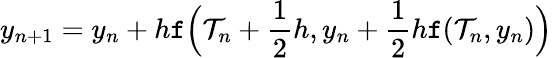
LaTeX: y_{n+1}=y_{n}+h\mathtt{f}{\Big(}\mathcal{T}_{n}+{\frac{{1}}{{2}}}h,y_{n}+{\frac{{1}}{{2}}}h\mathtt{f}(\mathcal{T}_{n},y_{n}){\Big)}